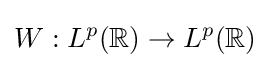
W:L^{p}(\mathbb {R} )\to L^{p}(\mathbb {R} )